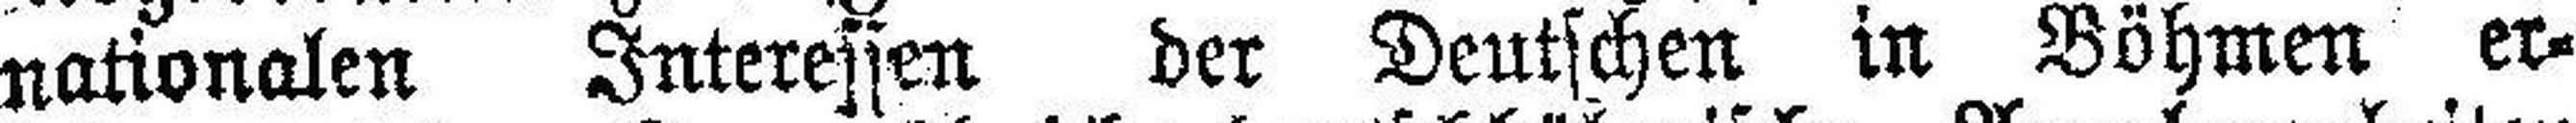
nationalen Interessen der Deutschen in Böhmen er¬